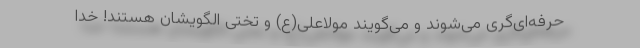
حرفه‌ای‌گری می‌شوند و می‌گویند مولاعلی(ع) و تختی الگویشان هستند! خدا